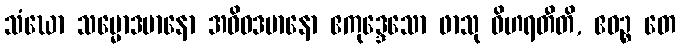
သံဃော သမ္မောဒမာနော အဝိဝဒမာနော ဧကုဒ္ဒေသော ဖာသု ဝိဟရတီတိ, ဧဝဉ္စ တေ